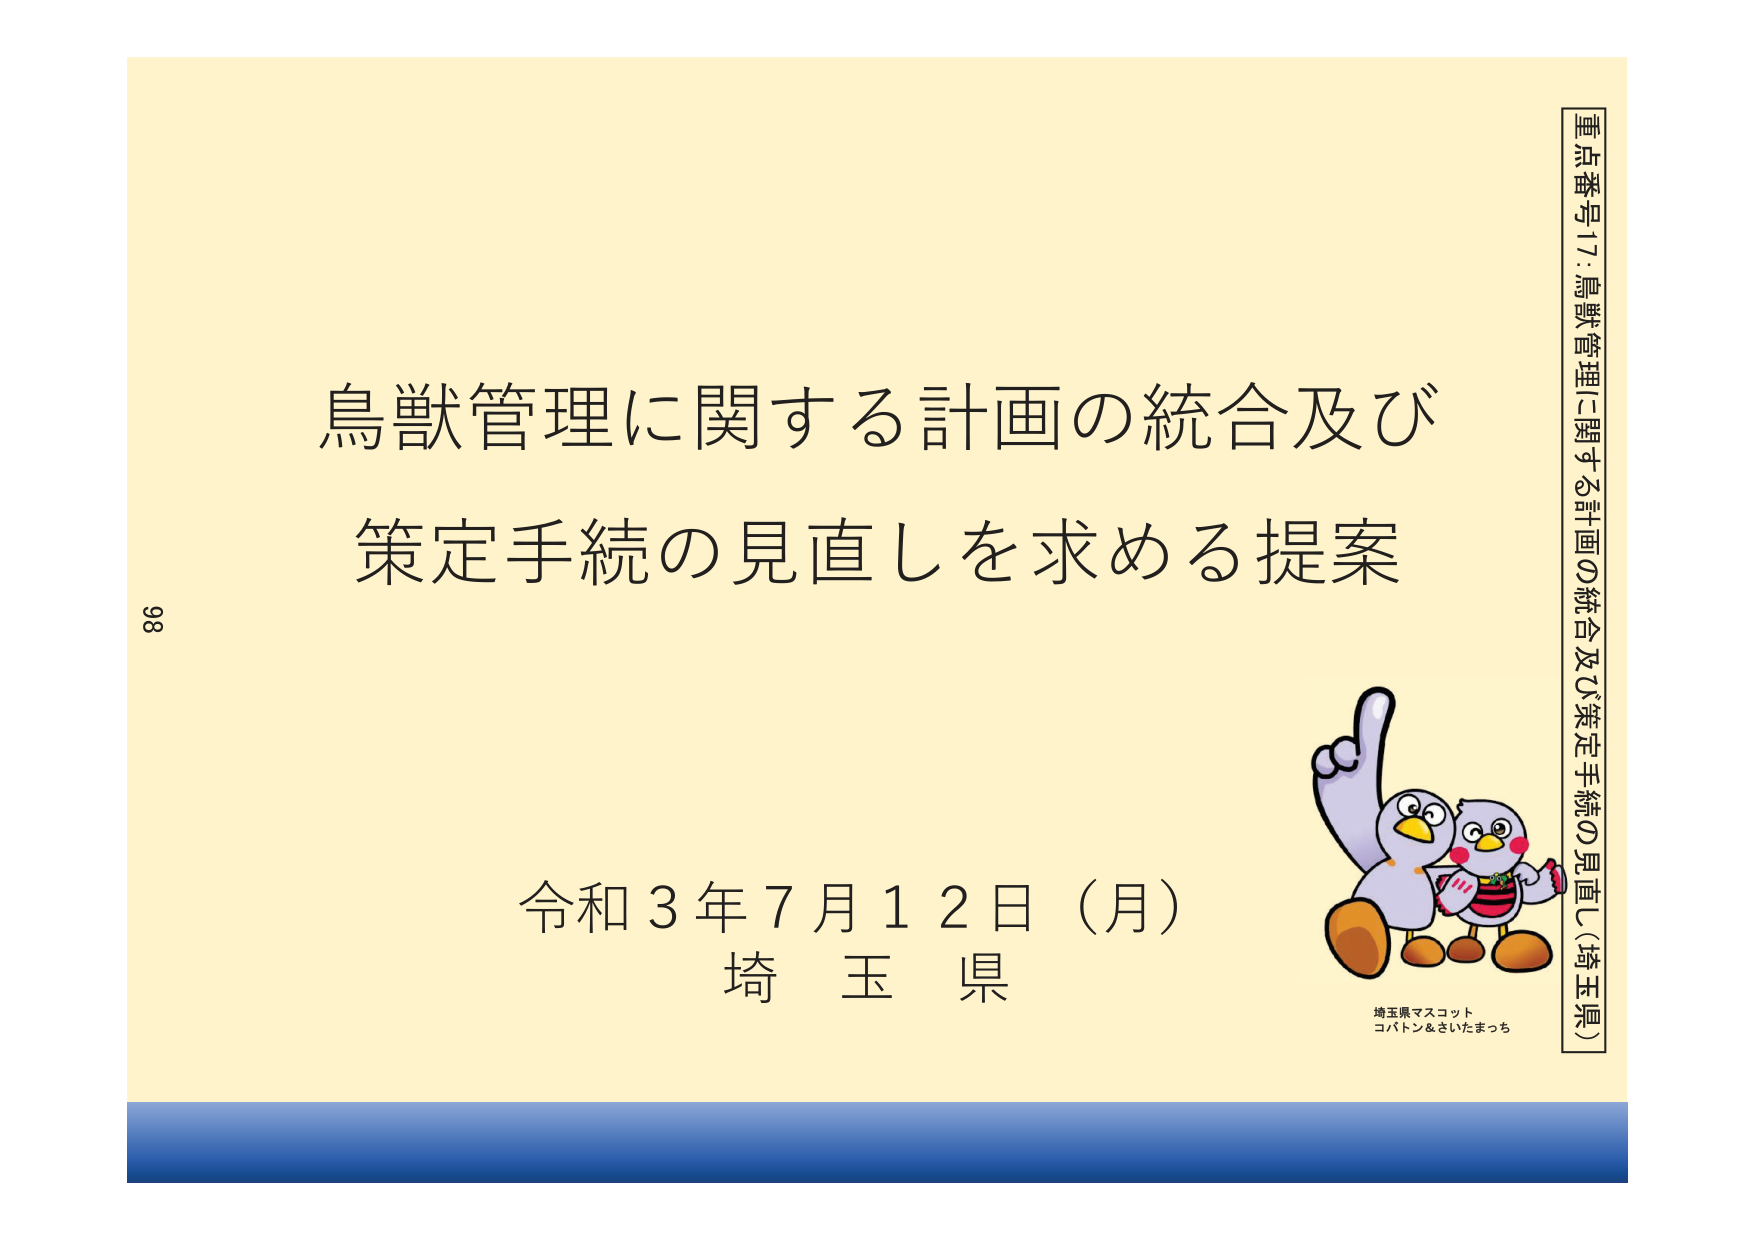
鳥獣管理に関する計画の統合及び
策定手続の見直しを求める提案

令和３年７月１２日（月）
埼玉県

重点番号17：鳥獣管理に関する計画の統合及び策定手続の見直し（埼玉県）

埼玉県マスコット
コバトン＆さいたまっち

98